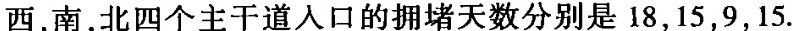
西，南，北四个主干道入口的拥堵天数分别是18，15，9，15.